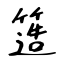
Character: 簉